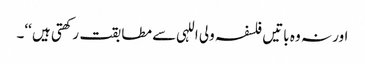
اور نہ وہ باتیں فلسفہ ولی اللہی سے مطابقت رکھتی ہیں ‘‘۔